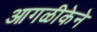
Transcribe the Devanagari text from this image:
आगळीकेने